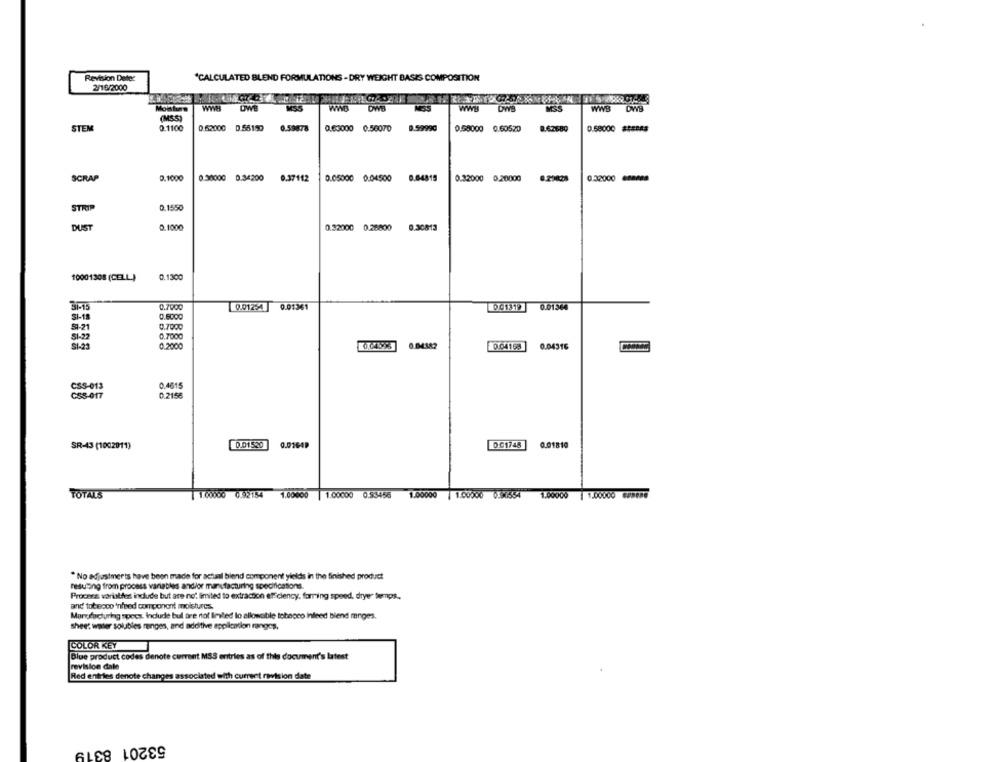
Revision Deter
"CALCULATED BLEND FORMULATIONS - DRY WEIGHT BASIS COMPOSITION
2/16/2000
Mosthas
OWE
WAR
WWE
WWB
DWB
DWB
MSS
(MSS)
STEM
0.1100
0.62000 0.55150
0.59878
0.63000 0.56070
0.59990
0.58000 0.60520
8.62680
0.68000 #58045
SCRAP
.1000
0.30000
0.34200
0.37112
0.05000
0.04500
0.04819
0.32000 0.20000
8.29828
0.32000 com
STRIP
0.1550
DUST
0.1000
0.32000
0.26800
0.30813
10001308 (CELL)
.1300
0.7000
0.01361
0.01364
0.01254]
001319
SI-18
0.6000
$1-21
0.7000
51-22
0.7000
0.04553
SI-23
0.2000
0.04382
0.04168
0.04316
CSS-013
0.4615
CSS-017
0.2156
SR-43 (1002011)
0.01530
0.01649
D.C1748
0.01810
TOTALS
1 1.60000 0.92154 1.00000 | 1.00000 0.93456
1.00000 | 1.00000 0.08554 1.00000 | 1.00000 EPP0MG
" No adjustments have been made for achaal blend component yields in the finished product
resulting from process variables and/or manufacturing specifications.
Proces variables indude but are not limited to extracton efficiency. forring speed, dryer temps ..
and tobecco 'nfeed component moistures.
Manufacturing specs. Indude bul are not limvled lo allowable tobacco infeed blend ranges.
shee: water solubles ranges, and adeltive application rangos,
COLOR KEY
Blue product codes denote current MSS entries as of this document's latest
revision dale
Red entries denote changes associated with current revision date
53201 8319